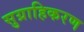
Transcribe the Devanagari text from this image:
सुग्राहिकरण